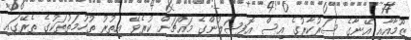
ޒޫމާއާއި އޭނާގެ ސަރުކާރުގެ އިސް އޮފިޝަލުންގެ މައްޗަށް ކުރެވޭ އިތުރު ތުހުމަތުތަކުގެ ތެރޭގައި